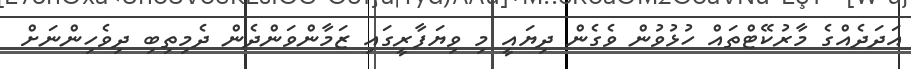
އަދަދެއްގެ މާރުކޭޓްތައް ހުޅުވުން ވެގެން ދިޔައީ މި ވިޔަފާރީގައި ޒަމާންވަންދެން ދެމިތިބި ދިވެހިންނަށް